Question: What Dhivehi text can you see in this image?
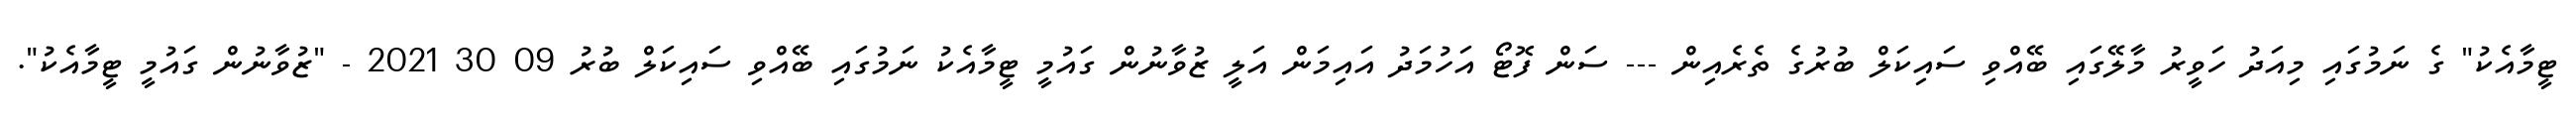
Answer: ޓީމާއެކު" ގެ ނަމުގައި މިއަދު ހަވީރު މާލޭގައި ބޭއްވި ސައިކަލް ބުރުގެ ތެރެއިން --- ސަން ފޮޓޯ އަހުމަދު އައިމަން އަލީ ޒުވާނުން ގައުމީ ޓީމާއެކު ނަމުގައި ބޭއްވި ސައިކަލް ބުރު 09 30 2021 - "ޒުވާނުން ގައުމީ ޓީމާއެކު".